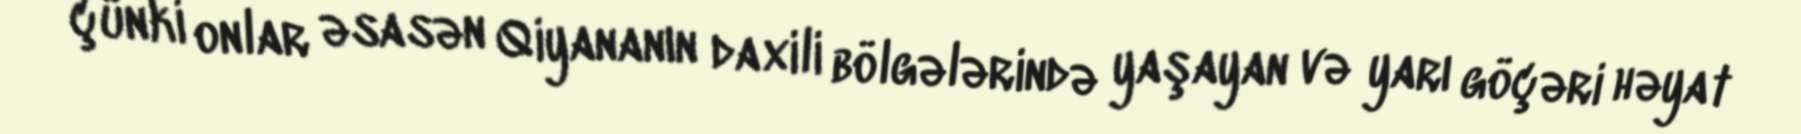
çünki onlar əsasən Qiyananın daxili bölgələrində yaşayan və yarı göçəri həyat